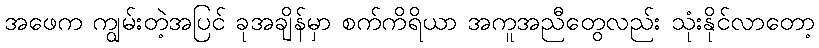
အဖေက ကျွမ်းတဲ့အပြင် ခုအချိန်မှာ စက်ကိရိယာ အကူအညီတွေလည်း သုံးနိုင်လာတော့